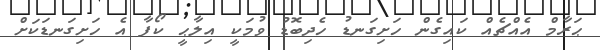
ޙަރާމް އެއްޗެއް ކައިގެން ހަށިގަނޑު ހެދިބޮޑު ވުމަކީ އިލާޙީ ކޯފާ އެ ހަށިގަނޑަކަށް